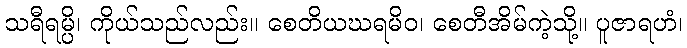
သရီရမ္ပိ၊ ကိုယ်သည်လည်း။ စေတိယဃရမိဝ၊ စေတီအိမ်ကဲ့သို့။ ပူဇာရဟံ၊